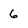
Character: 6